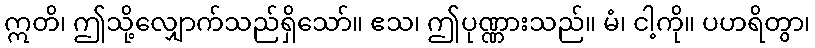
ဣတိ၊ ဤသို့လျှောက်သည်ရှိသော်။ ဧသ၊ ဤပုဏ္ဏားသည်။ မံ၊ ငါ့ကို။ ပဟရိတွာ၊